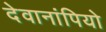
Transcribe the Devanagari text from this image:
देवानांपियो